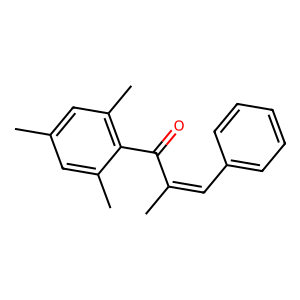
SMILES: CC(=Cc1ccccc1)C(=O)c1c(C)cc(C)cc1C
Inhibits HIV replication: No